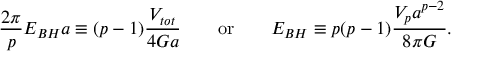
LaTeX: { \frac { 2 \pi } { p } } E _ { B H } a \equiv ( p - 1 ) { \frac { V _ { t o t } } { 4 G a } } \ \ \ \ \ \ \mathrm { o r } \ \ \ \ \ \ E _ { B H } \equiv p ( p - 1 ) { \frac { V _ { p } a ^ { p - 2 } } { 8 \pi G } } .